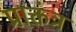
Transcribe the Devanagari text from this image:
प्राक्तंत्र